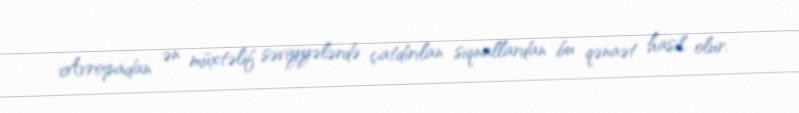
Avropadan ən müxtəlif səviyyələrdə çatdırılan siqnallardan bu qənaət hasil olur.